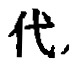
代,